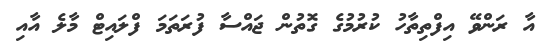
އާ ރަންވޭ އިފްތިތާހު ކުރުމުގެ ގޮތުން ޖައްސާ ފުރަތަމަ ފްލައިޓް މާލެ އާއި